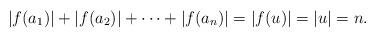
LaTeX: \begin{align*}|f(a_1)|+|f(a_2)|+\dotsb +|f(a_n)|=|f(u)|=|u|=n. \end{align*}